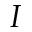
I